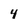
Character: 4